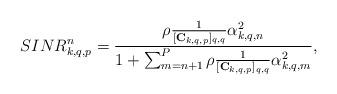
LaTeX: \begin{align*}SINR_{k,q,p}^n&= \frac{\rho \frac{1}{[\mathbf{C}_{k,q,p}]_{q,q}} \alpha_{k,q,n}^2 }{1+\sum^{P}_{m=n+1}\rho \frac{1}{[\mathbf{C}_{k,q,p}]_{q,q}} \alpha_{k,q,m}^2 },\end{align*}